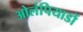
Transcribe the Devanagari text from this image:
ओलंपियाडों